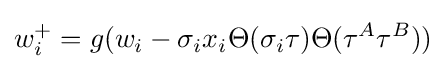
w_{i}^{+}=g(w_{i}-\sigma _{i}x_{i}\Theta (\sigma _{i}\tau )\Theta (\tau ^{A}\tau ^{B}))